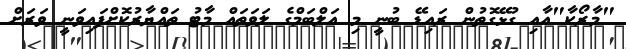
"މާރޯކާ"އާއި ގުޅޭގޮތުން ރައިޑޭ ބުނީ މި އަލްބަމްގެ ލަވަތައް މާޓު ތައްޔާރުކޮށްފައިވަނީ ވަރަށް